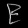
Digit: ၉